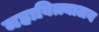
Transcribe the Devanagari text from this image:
महावित्त्यालय